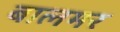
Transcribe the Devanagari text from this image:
बालमर